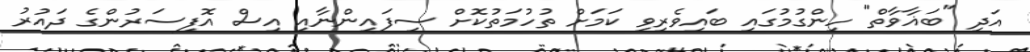
އަދި "ބަޣާވާތް" ހިންގުމުގައި ބައިވެރިވި ކަމަށް ތުހުމަތުކޮށް ސިފައިންނާއި އިސް އޮފިސަރުންގެ ދައުރު